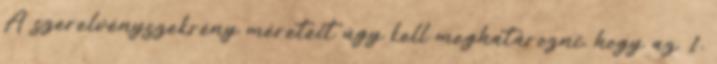
A szerelvényszekrény méreteit úgy kell meghatározni, hogy az 1.